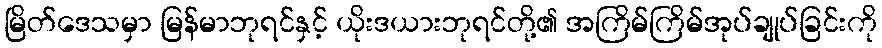
မြိတ်ဒေသမှာ မြန်မာဘုရင်နှင့် ယိုးဒယားဘုရင်တို့၏ အကြိမ်ကြိမ်အုပ်ချုပ်ခြင်းကို